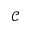
\mathcal { C }